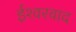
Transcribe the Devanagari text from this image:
ईश्‍वरवाद